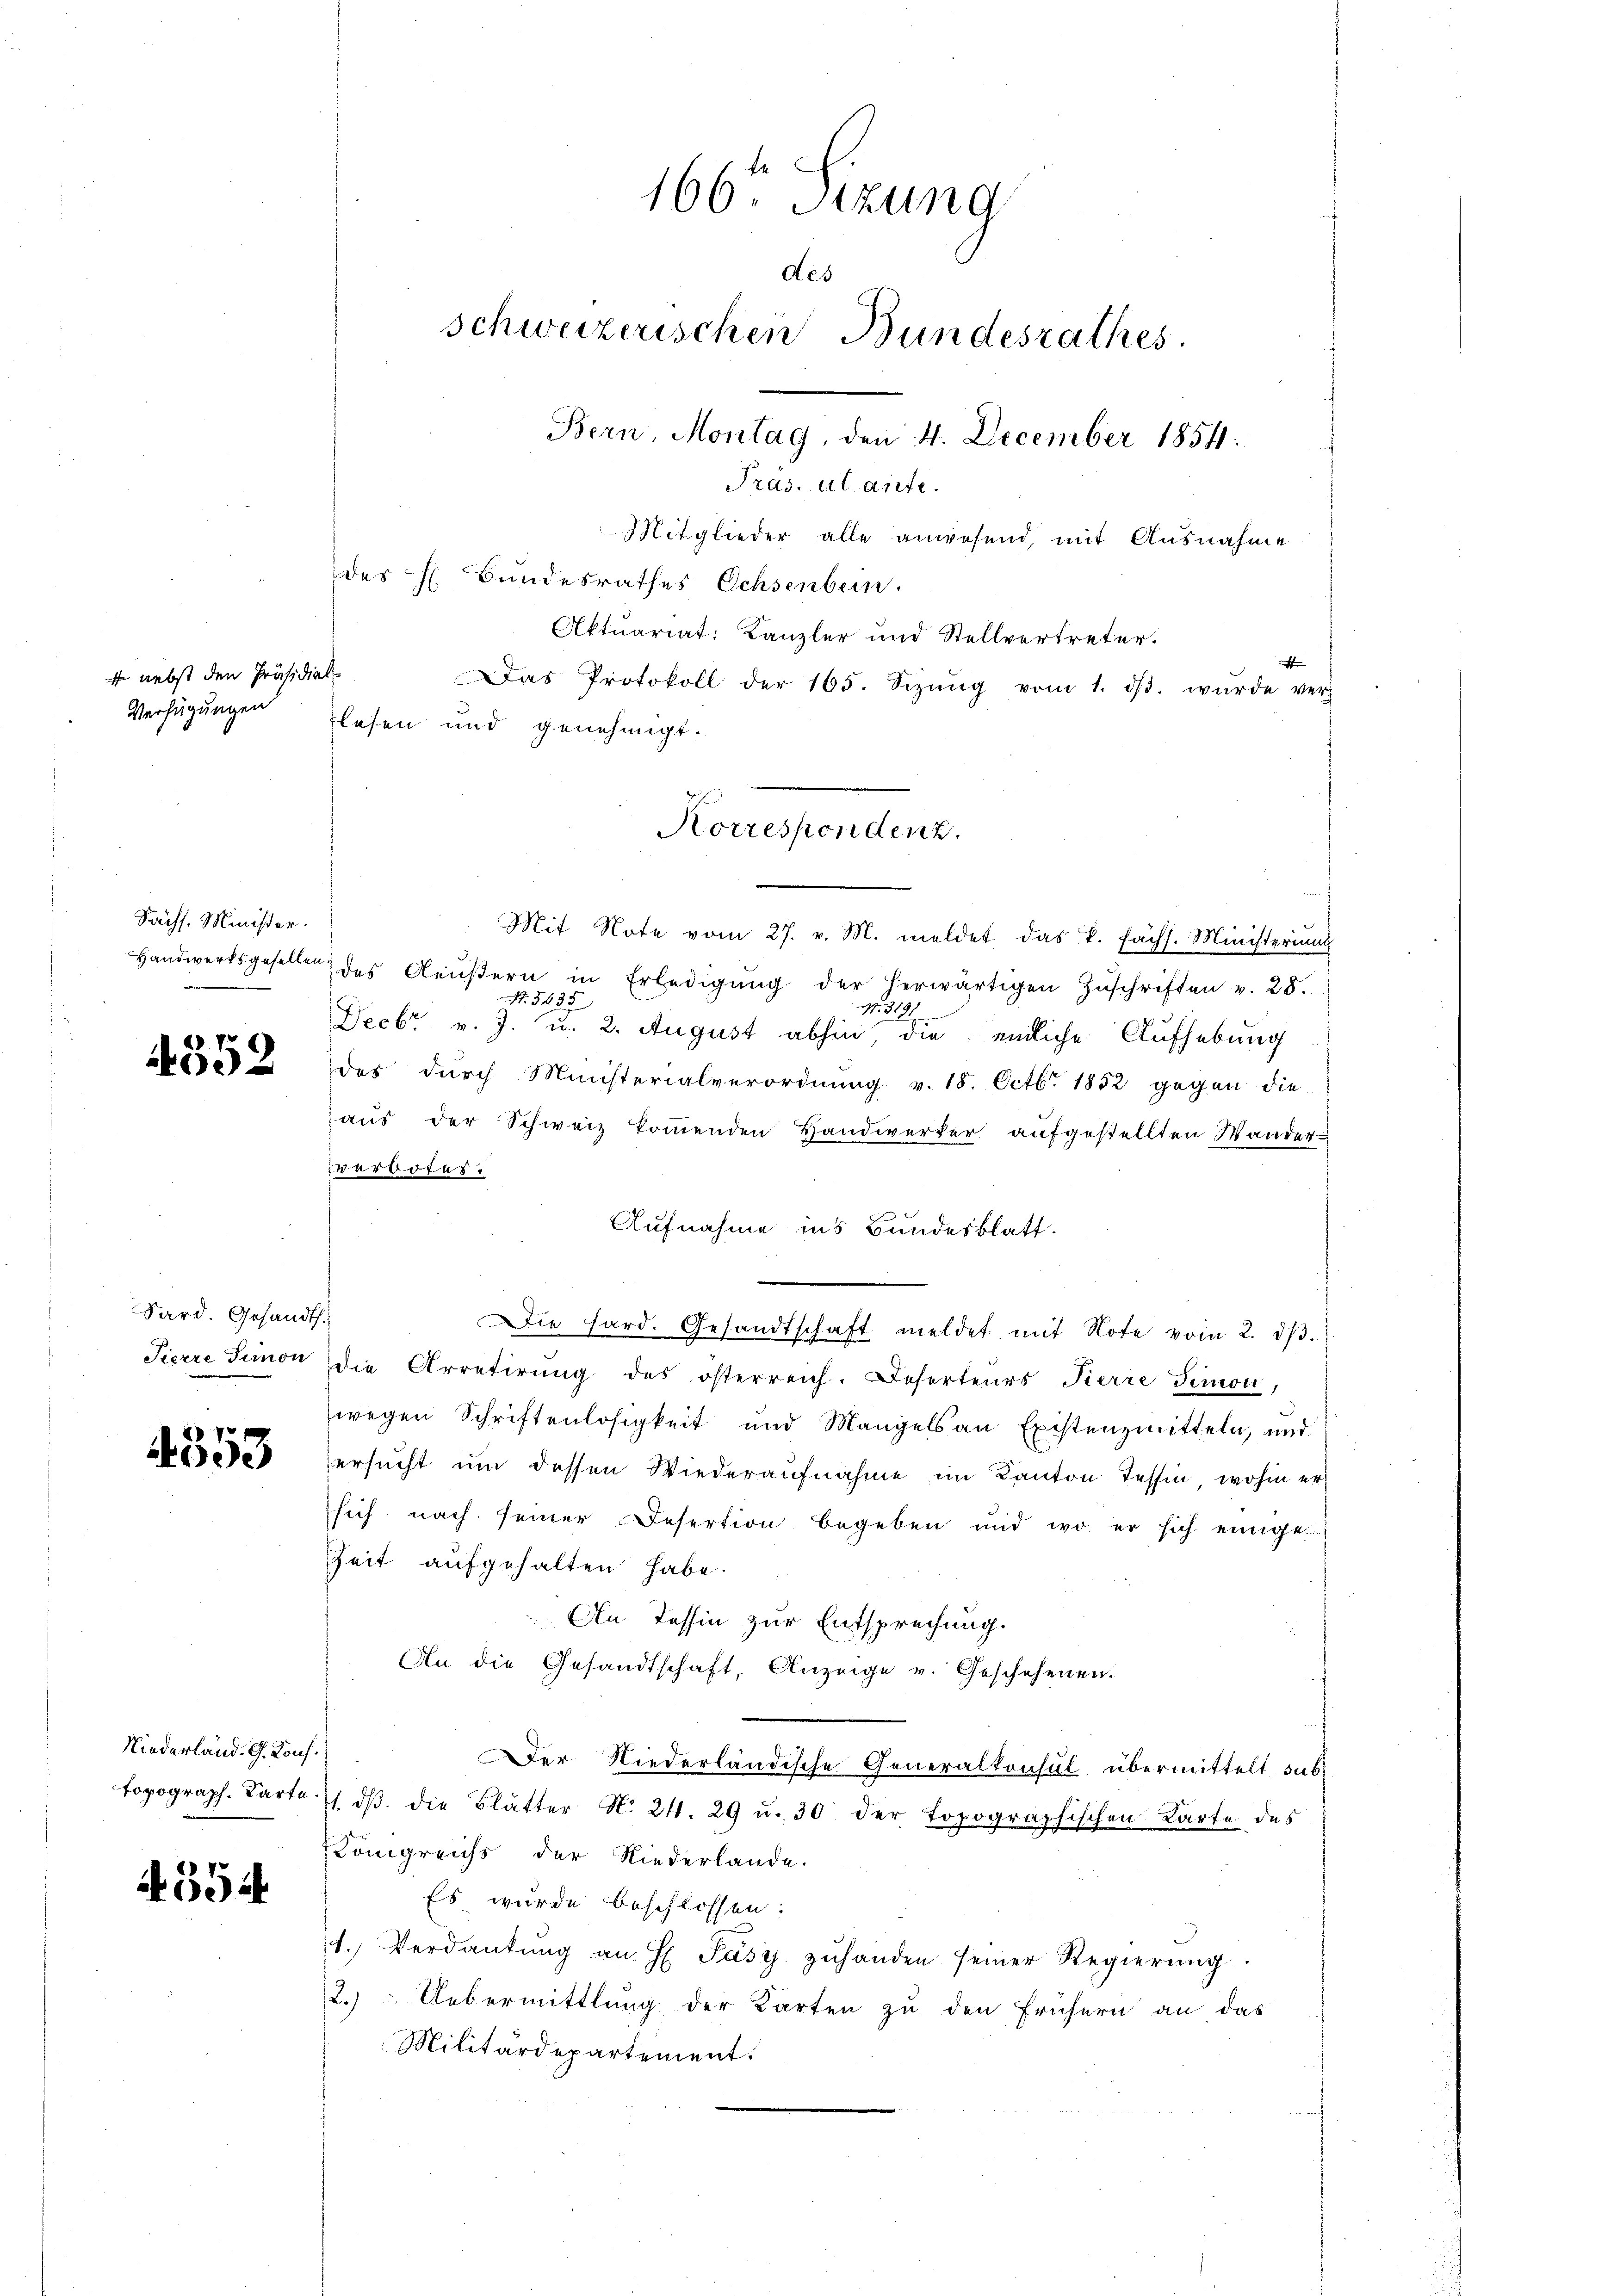
f nebst den Präsidia
Verfügungen

Sächs. Minister.
Handwerksgesellen

4352

Sard. Gesandt.
Pierre Simon

4353

Niederland. G. Kons.

4554

166 Sitzung
des
schweizerischen Bundesrathes.
Bern, Montag, den 4. December 1854.
Präs. ut dirte.
Mitglieder alle anwesend, mit Ausnahme
des H. Bundesrathes Ochsenbein.
Aktuariat: Kanzler und Stellvertreter.
s
Das Protokoll der 165. Sizŭng vom 1. dβ. wŭrde ver-
lesen und genehmigt.

e
Mit Note vom 27. v. M. meldet das k. Fächs. Ministerium
des Aeŭβern in Erledigŭng der herwärtigen Zŭschriften v. 28.
R. 5435
Nr. 319.
Decbr v. J. u. 2. August abhin, die endliche Aufhebung
des dŭrch Ministerialverordnŭng v. 18. Octbr. 1852 gegen die
aus der Schweiz kommenden Handwerker aufgestellten Wander-
verbotes.
Aufnahme ins Bundesblatt.
.
Die Hard. Gesandtschaft meldet mit Note vom 2. dβ.
die Arretirung des österreich. Deserteurs Pierre Simon,
wegen Schriftenlosigkeit und Mangels an Existenzmitteln, und
ersucht um dessen Wiederaufnahme im Kanton Tessin, wohin er
sich nach seiner Desertion begeben und wo er sich einige
Zeit aufgehalten habe.
An Tessin zur Entsprechung.
An die Gesandtschaft, Anzeige v. Geschehenen.
Der Niederländische Generalkonsul übermittelt sub-
topograph. Carte 1 dβ die Blätter N. 211. 29 u. 30 der topographischen Karte des
Königreichs der Niederlande.
Es wurde beschlossen:
1. Verdankŭng an H Pásy zŭhanden seiner Regierŭng.
2.) Uebermittlung der Karten zu den Frühern an das
Militärdepartement.

Korrespondenz.